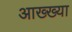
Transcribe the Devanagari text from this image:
आख्‍ख्या